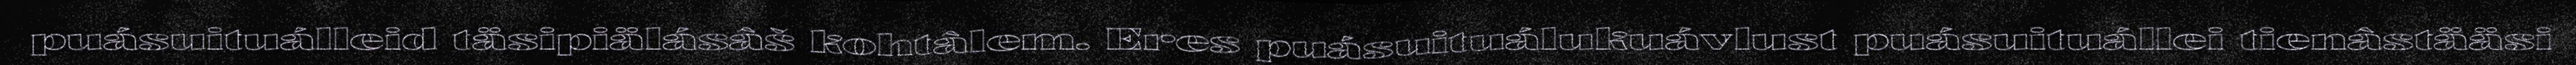
puásuituálleid täsipiälásâš kohtâlem. Eres puásuituálukuávlust puásuituállei tienâstääsi